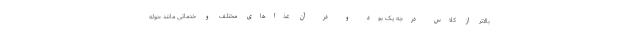
بالاتر از کلاس درجه یک بود و در آن غذاهای مختلف و خدماتی مانند حوله